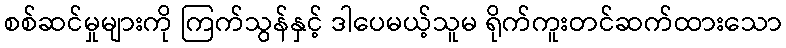
စစ်ဆင်မှုများကို ကြက်သွန်နှင့် ဒါပေမယ့်သူမ ရိုက်ကူးတင်ဆက်ထားသော